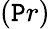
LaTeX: (\mathtt{P}r)